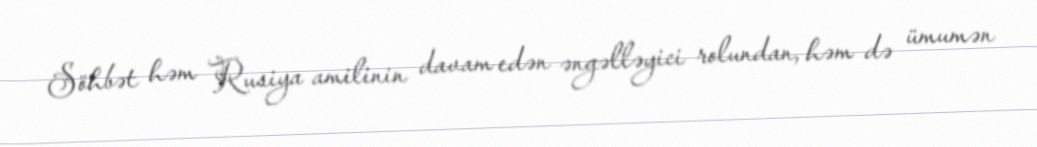
Söhbət həm Rusiya amilinin davam edən əngəlləyici rolundan, həm də ümumən